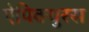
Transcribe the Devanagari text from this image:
ऐपिक्युरस